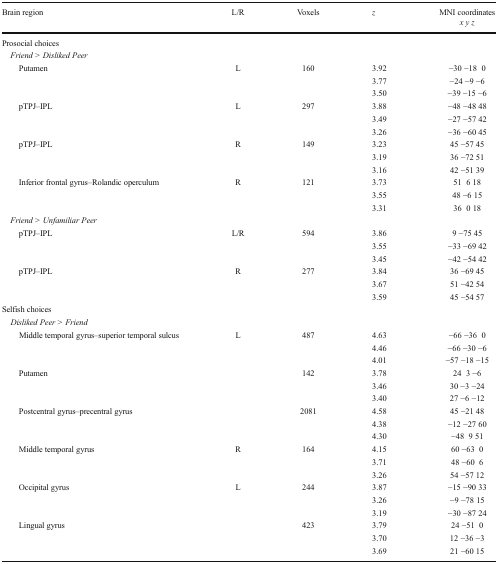
<table><thead><tr><td rowspan="2"><b>Brain region</b></td><td rowspan="2"><b>L/R</b></td><td rowspan="2"><b>Voxels</b></td><td rowspan="2"><b><i>z</i></b></td><td><b>MNI coordinates</b></td></tr><tr><td><b><i>x y z</i></b></td></tr></thead><tbody><tr><td colspan="5">Prosocial choices</td></tr><tr><td colspan="5"> <i>Friend &gt; Disliked Peer</i></td></tr><tr><td rowspan="3">Putamen</td><td>L</td><td>160</td><td>3.92</td><td>−30 −18 0</td></tr><tr><td></td><td></td><td>3.77</td><td>−24 −9 −6</td></tr><tr><td></td><td></td><td>3.50</td><td>−39 −15 −6</td></tr><tr><td rowspan="3">pTPJ–IPL</td><td>L</td><td>297</td><td>3.88</td><td>−48 −48 48</td></tr><tr><td></td><td></td><td>3.49</td><td>−27 −57 42</td></tr><tr><td></td><td></td><td>3.26</td><td>−36 −60 45</td></tr><tr><td rowspan="3">pTPJ–IPL</td><td>R</td><td>149</td><td>3.23</td><td>45 −57 45</td></tr><tr><td></td><td></td><td>3.19</td><td>36 −72 51</td></tr><tr><td></td><td></td><td>3.16</td><td>42 −51 39</td></tr><tr><td rowspan="3">Inferior frontal gyrus–Rolandic operculum</td><td>R</td><td>121</td><td>3.73</td><td>51 6 18</td></tr><tr><td></td><td></td><td>3.55</td><td>48 −6 15</td></tr><tr><td></td><td></td><td>3.31</td><td>36 0 18</td></tr><tr><td colspan="5"> <i>Friend &gt; Unfamiliar Peer</i></td></tr><tr><td rowspan="3">pTPJ–IPL</td><td>L/R</td><td>594</td><td>3.86</td><td>9 −75 45</td></tr><tr><td></td><td></td><td>3.55</td><td>−33 −69 42</td></tr><tr><td></td><td></td><td>3.45</td><td>−42 −54 42</td></tr><tr><td rowspan="3">pTPJ–IPL</td><td>R</td><td>277</td><td>3.84</td><td>36 −69 45</td></tr><tr><td></td><td></td><td>3.67</td><td>51 −42 54</td></tr><tr><td></td><td></td><td>3.59</td><td>45 −54 57</td></tr><tr><td colspan="5">Selfish choices</td></tr><tr><td colspan="5"> <i>Disliked Peer &gt; Friend</i></td></tr><tr><td rowspan="3">Middle temporal gyrus–superior temporal sulcus</td><td>L</td><td>487</td><td>4.63</td><td>−66 −36 0</td></tr><tr><td></td><td></td><td>4.46</td><td>−66 −30 −6</td></tr><tr><td></td><td></td><td>4.01</td><td>−57 −18 −15</td></tr><tr><td rowspan="3">Putamen</td><td></td><td>142</td><td>3.78</td><td>24 3 −6</td></tr><tr><td></td><td></td><td>3.46</td><td>30 −3 −24</td></tr><tr><td></td><td></td><td>3.40</td><td>27 −6 −12</td></tr><tr><td rowspan="3">Postcentral gyrus–precentral gyrus</td><td></td><td>2081</td><td>4.58</td><td>45 −21 48</td></tr><tr><td></td><td></td><td>4.38</td><td>−12 −27 60</td></tr><tr><td></td><td></td><td>4.30</td><td>−48 9 51</td></tr><tr><td rowspan="3">Middle temporal gyrus</td><td>R</td><td>164</td><td>4.15</td><td>60 −63 0</td></tr><tr><td></td><td></td><td>3.71</td><td>48 −60 6</td></tr><tr><td></td><td></td><td>3.26</td><td>54 −57 12</td></tr><tr><td rowspan="3">Occipital gyrus</td><td>L</td><td>244</td><td>3.87</td><td>−15 −90 33</td></tr><tr><td></td><td></td><td>3.26</td><td>−9 −78 15</td></tr><tr><td></td><td></td><td>3.19</td><td>−30 −87 24</td></tr><tr><td rowspan="3">Lingual gyrus</td><td></td><td>423</td><td>3.79</td><td>24 −51 0</td></tr><tr><td></td><td></td><td>3.70</td><td>12 −36 −3</td></tr><tr><td></td><td></td><td>3.69</td><td>21 −60 15</td></tr></tbody></table>